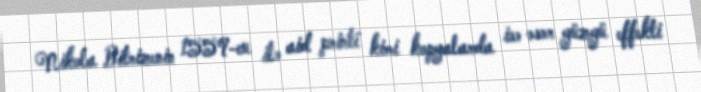
Nikola Bitrizenin 1559-cu ilə aid printi kimi kopyalarda isə əsər güzgü effekti